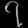
Digit: ၇